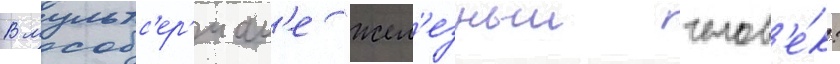
В мультс'ер'иал'е "жел'езныи челов'е́к: